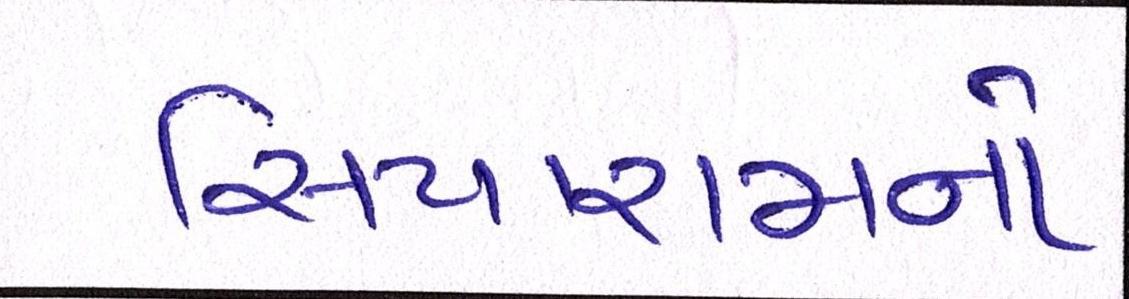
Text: સિયારામનો